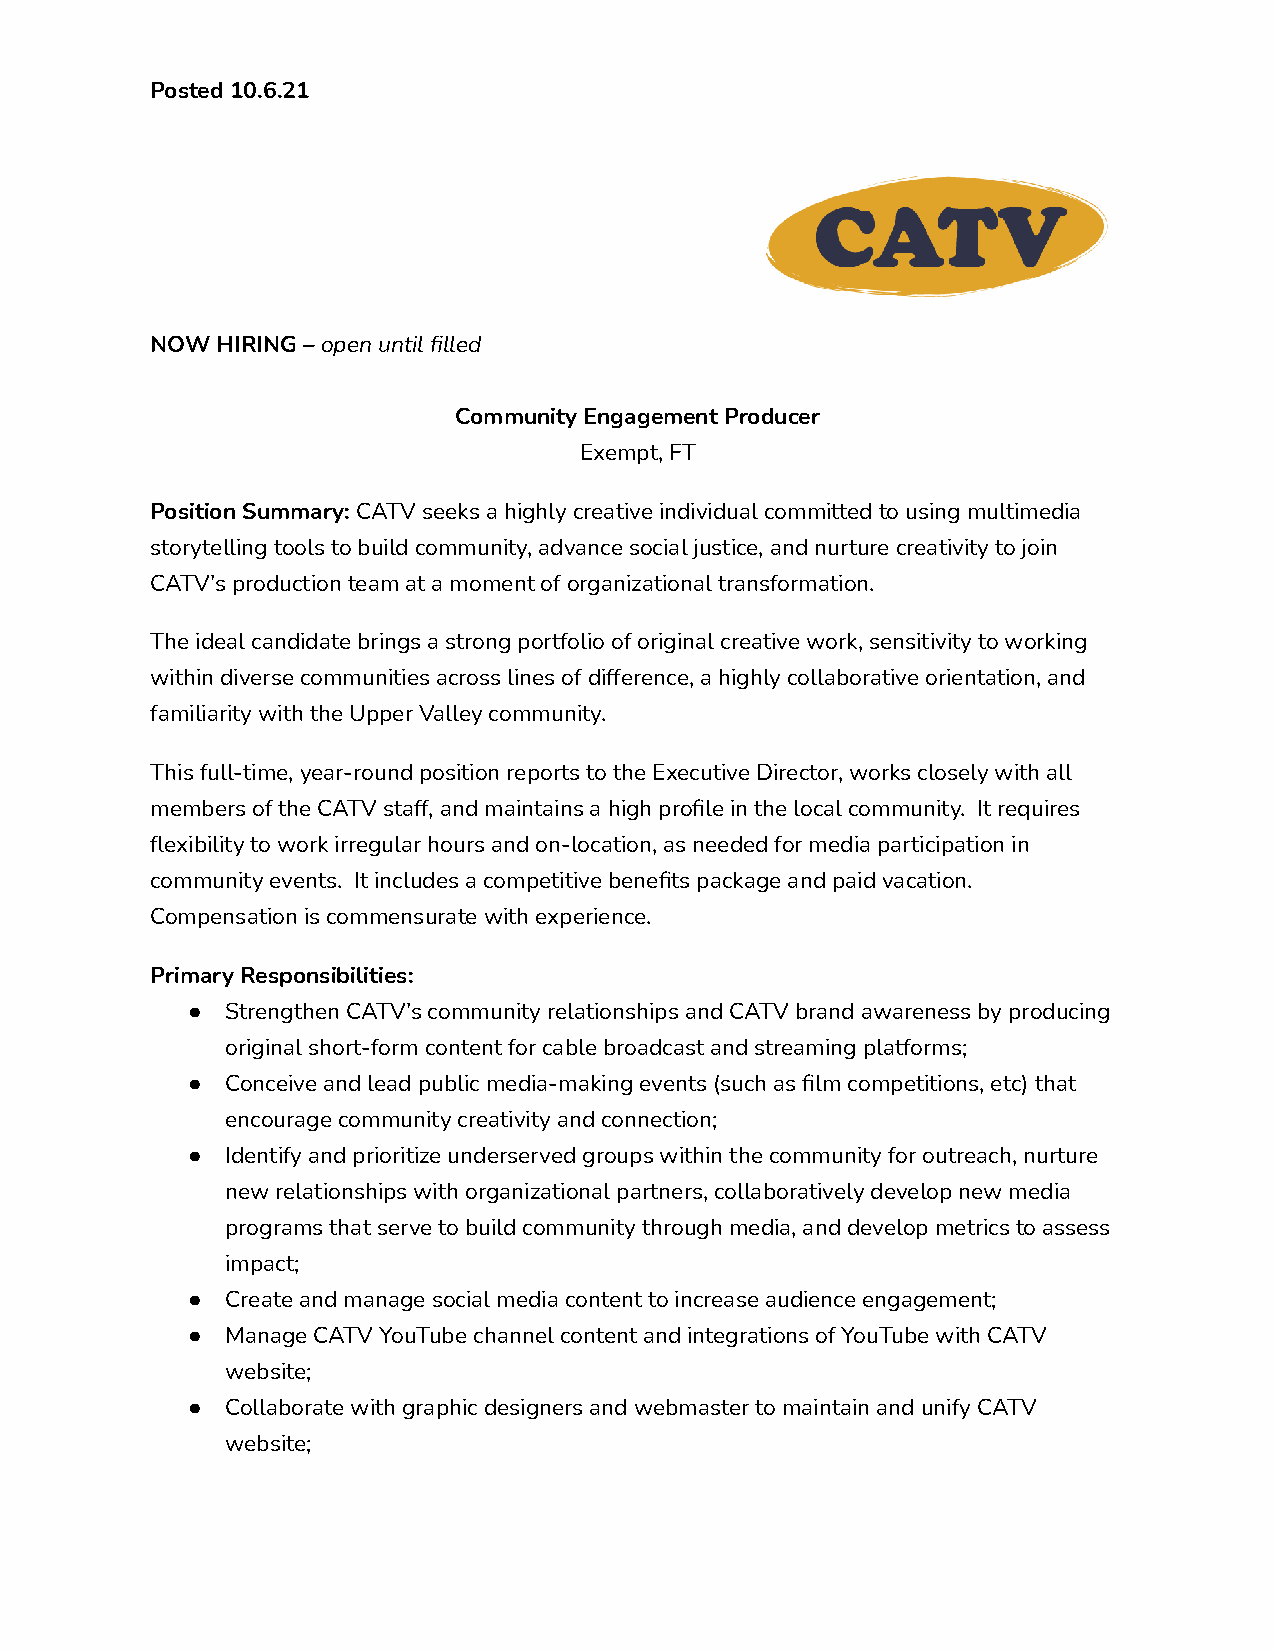
Posted 10.6.21
 NOW HIRING –open until filled
 Community Engagement Producer
 Exempt, FT
 Position Summary:CATV seeks a highly creative individualcommitted to using multimedia
 storytelling tools to build community, advance social justice, and nurture creativity to join
 CATV’s production team at a moment of organizational transformation.
 The ideal candidate brings a strong portfolio of original creative work, sensitivity to working
 within diverse communities across lines of difference, a highly collaborative orientation, and
 familiarity with the Upper Valley community.
 This full-time, year-round position reports to the Executive Director, works closely with all
 members of the CATV staff, and maintains a high profile in the local community. It requires
 flexibility to work irregular hours and on-location, as needed for media participation in
 community events. It includes a competitive benefits package and paid vacation.
 Compensation is commensurate with experience.
 Primary Responsibilities:
 ●  Strengthen CATV’s community relationships and CATV brand awareness by producing
 original short-form content for cable broadcast and streaming platforms;
 ●  Conceive and lead public media-making events (such as film competitions, etc) that
 encourage community creativity and connection;
 ●  Identify and prioritize underserved groups within the community for outreach, nurture
 new relationships with organizational partners, collaboratively develop new media
 programs that serve to build community through media, and develop metrics to assess
 impact;
 ●  Create and manage social media content to increase audience engagement;
 ●  Manage CATV YouTube channel content and integrations of YouTube with CATV
 website;
 ●  Collaborate with graphic designers and webmaster to maintain and unify CATV
 website;